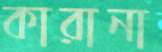
কারানা